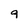
Character: 9